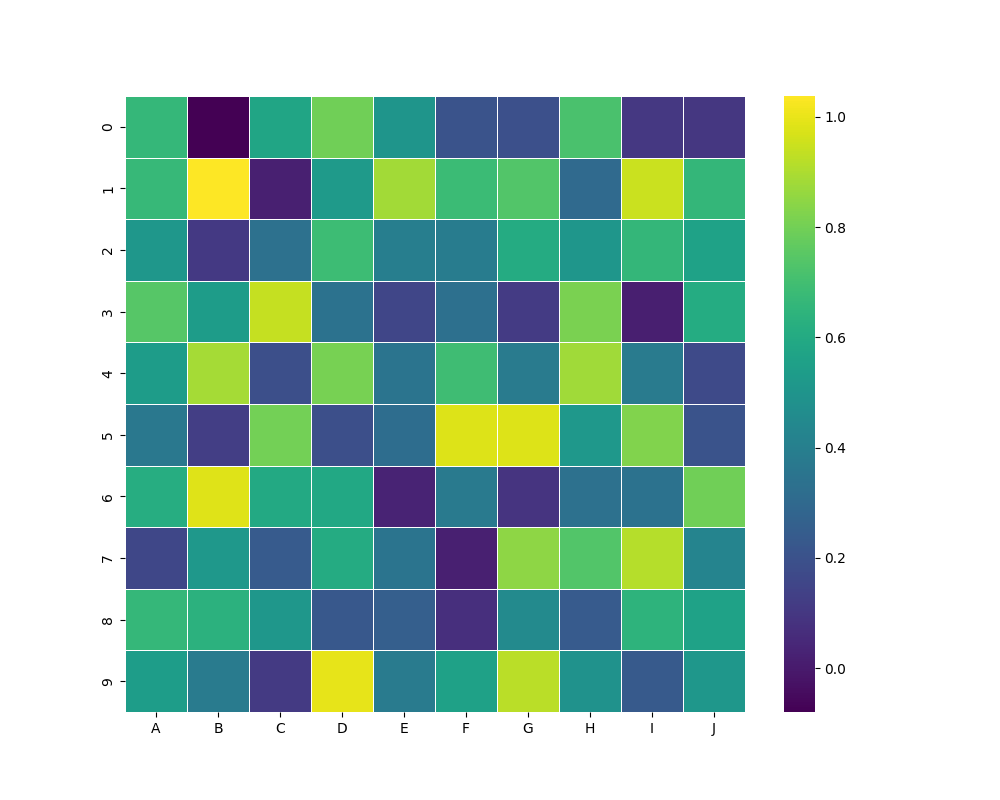
python, seaborn, heatmap, cmap='viridis', linewidths=0.5, center=none